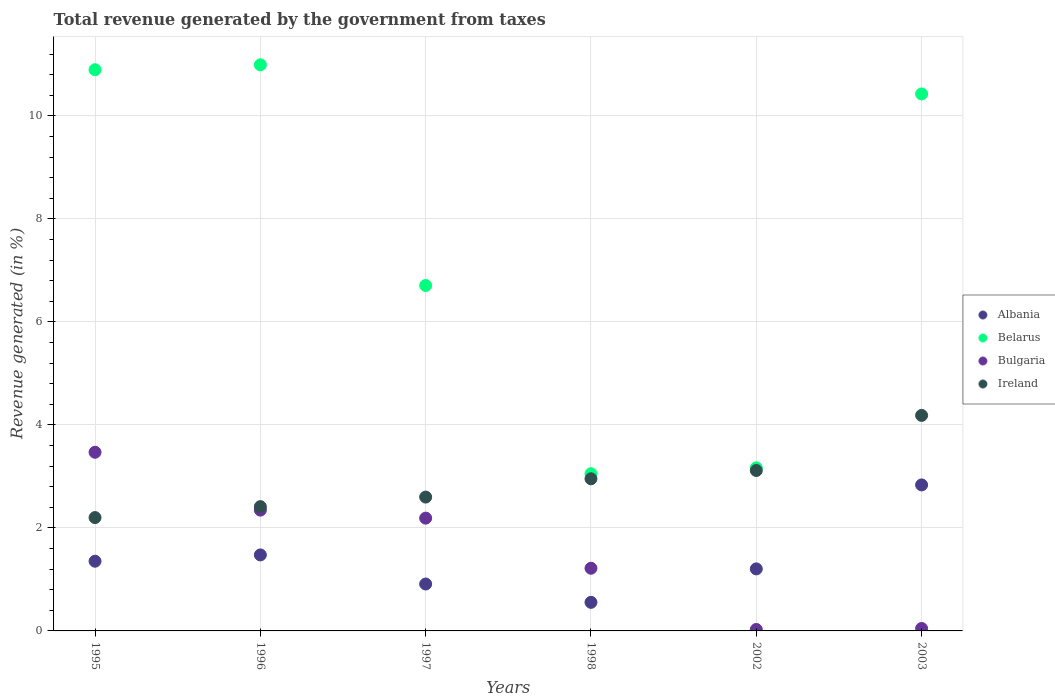
| Years | Albania | Belarus | Bulgaria | Ireland |
 | --- | --- | --- | --- | --- |
 | 1995 | 1.35 | 10.9 | 3.47 | 2.2 |
 | 1996 | 1.48 | 11 | 2.35 | 2.41 |
 | 1997 | 0.911 | 6.71 | 2.19 | 2.6 |
 | 1998 | 0.555 | 3.05 | 1.22 | 2.95 |
 | 2002 | 1.2 | 3.17 | 0.0281 | 3.11 |
 | 2003 | 2.83 | 10.4 | 0.0475 | 4.18 |